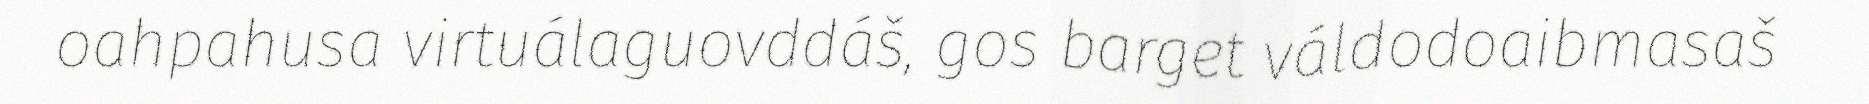
oahpahusa virtuálaguovddáš, gos barget váldodoaibmasaš